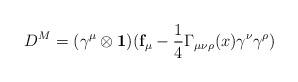
LaTeX: \begin{align*} D^M=(\gamma^\mu \otimes \mathbf{1})(\mathbf{f}_\mu - \frac{1}{4} \Gamma_{\mu\nu\rho}(x) \gamma^\nu\gamma^\rho)\end{align*}